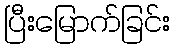
ပြီးမြောက်ခြင်း